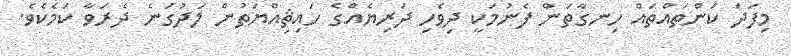
މިފަދަ ކަންތައްތައް ހިނގާތަން ފެނުމަކީ ދިވެހި ދަރިޔެއްގެ ހައިޘިއްޔަތުން ލަދުގަނެ ދެރަވާ ކަމެކެވެ.